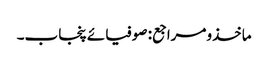
ماخذومراجع: صوفیائے پنجاب۔